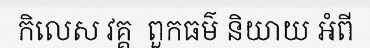
កិលេស វគ្គ  ពួកធម៌ និយាយ អំពី